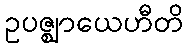
ဥပဇ္ဈာယေဟီတိ